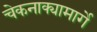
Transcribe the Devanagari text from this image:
चेकनाक्यामार्गे